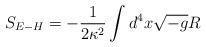
LaTeX: \begin{align*}S_{E-H}=-\frac{1}{2\kappa^{2}}\int d^{4}x\sqrt{-g} R\end{align*}